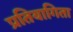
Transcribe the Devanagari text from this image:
प्रतियागिता